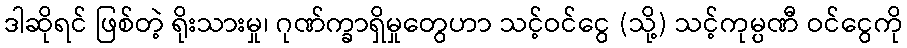
ဒါဆိုရင် ဖြစ်တဲ့ ရိုးသားမှု၊ ဂုဏ်က္ခာရှိမှုတွေဟာ သင့်ဝင်ငွေ (သို့) သင့်ကုမ္ပဏီ ဝင်ငွေကို